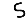
Digit: 5